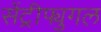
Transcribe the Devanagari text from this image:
सेंट्रीफ्युगल